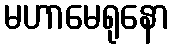
မဟာမေရုနော